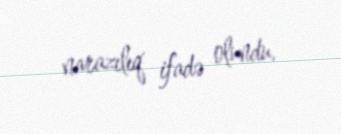
narazılıq ifadə olundu.